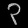
Digit: ၃